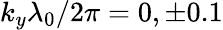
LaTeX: k_{y}\lambda_{0}/2\pi=0,\pm 0.1